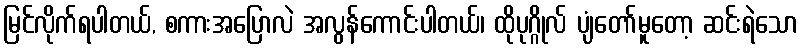
မြင်လိုက်ရပါတယ်, စကားအပြောလဲ အလွန်ကောင်းပါတယ်၊ ထိုပုဂ္ဂိုလ် ပျံတော်မူတော့ ဆင်းရဲသော